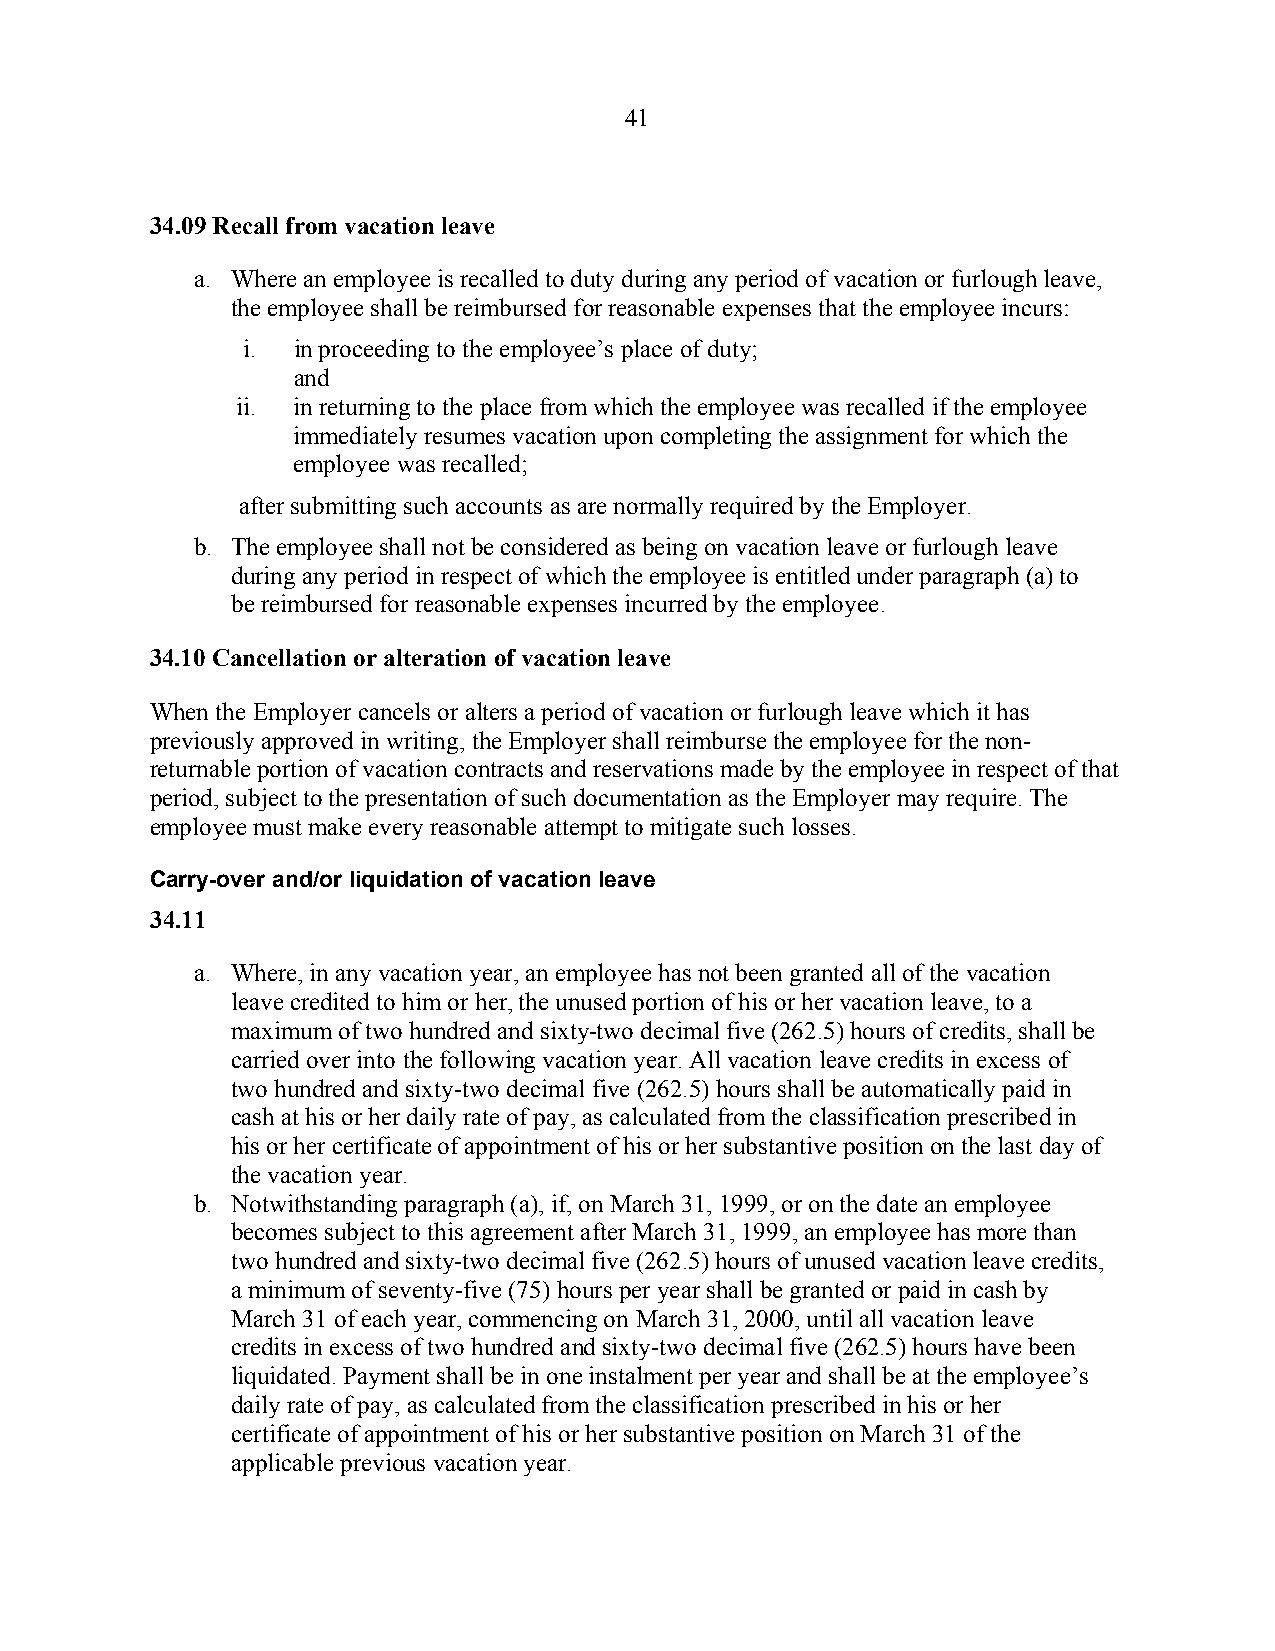
41
 34.09 Recall from vacation leave
 a. Where an employee is recalled to duty during any period of vacation or furlough leave,
 the employee shall be reimbursed for reasonable expenses that the employee incurs:
 i. in proceeding to the employee’s place of duty;
 and
 ii. in returning to the place from which the employee was recalled if the employee
 immediately resumes vacation upon completing the assignment for which the
 employee was recalled;
 after submitting such accounts as are normally required by the Employer.
 b. The employee shall not be considered as being on vacation leave or furlough leave
 during any period in respect of which the employee is entitled under paragraph (a) to
 be reimbursed for reasonable expenses incurred by the employee.
 34.10 Cancellation or alteration of vacation leave
 When the Employer cancels or alters a period of vacation or furlough leave which it has
 previously approved in writing, the Employer shall reimburse the employee for the non-
 returnable portion of vacation contracts and reservations made by the employee in respect of that
 period, subject to the presentation of such documentation as the Employer may require. The
 employee must make every reasonable attempt to mitigate such losses.
 Carry-over and/or liquidation of vacation leave
 34.11
 a. Where, in any vacation year, an employee has not been granted all of the vacation
 leave credited to him or her, the unused portion of his or her vacation leave, to a
 maximum of two hundred and sixty-two decimal five (262.5) hours of credits, shall be
 carried over into the following vacation year. All vacation leave credits in excess of
 two hundred and sixty-two decimal five (262.5) hours shall be automatically paid in
 cash at his or her daily rate of pay, as calculated from the classification prescribed in
 his or her certificate of appointment of his or her substantive position on the last day of
 the vacation year.
 b. Notwithstanding paragraph (a), if, on March 31, 1999, or on the date an employee
 becomes subject to this agreement after March 31, 1999, an employee has more than
 two hundred and sixty-two decimal five (262.5) hours of unused vacation leave credits,
 a minimum of seventy-five (75) hours per year shall be granted or paid in cash by
 March 31 of each year, commencing on March 31, 2000, until all vacation leave
 credits in excess of two hundred and sixty-two decimal five (262.5) hours have been
 liquidated. Payment shall be in one instalment per year and shall be at the employee’s
 daily rate of pay, as calculated from the classification prescribed in his or her
 certificate of appointment of his or her substantive position on March 31 of the
 applicable previous vacation year.